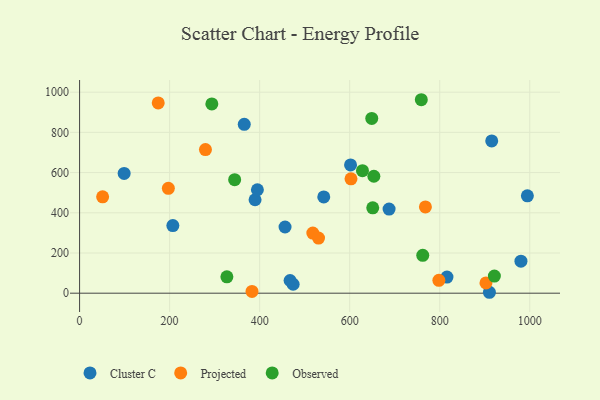
{"axis": {"x": "Price", "y": "Salary"}, "legend": ["Cluster C", "Observed", "Projected"], "data": [{"x": "474.4", "y": 44.6, "type": "Cluster C"}, {"x": "601.9", "y": 638.0, "type": "Cluster C"}, {"x": "389.8", "y": 464.9, "type": "Cluster C"}, {"x": "456.4", "y": 329.4, "type": "Cluster C"}, {"x": "910.4", "y": 4.6, "type": "Cluster C"}, {"x": "980.4", "y": 159.1, "type": "Cluster C"}, {"x": "395.0", "y": 514.6, "type": "Cluster C"}, {"x": "994.7", "y": 484.3, "type": "Cluster C"}, {"x": "915.5", "y": 757.7, "type": "Cluster C"}, {"x": "207.2", "y": 336.2, "type": "Cluster C"}, {"x": "816.1", "y": 80.3, "type": "Cluster C"}, {"x": "99.0", "y": 595.7, "type": "Cluster C"}, {"x": "687.5", "y": 418.5, "type": "Cluster C"}, {"x": "467.6", "y": 63.2, "type": "Cluster C"}, {"x": "365.8", "y": 840.2, "type": "Cluster C"}, {"x": "542.4", "y": 479.0, "type": "Cluster C"}, {"x": "768.2", "y": 429.3, "type": "Projected"}, {"x": "798.1", "y": 64.2, "type": "Projected"}, {"x": "51.2", "y": 479.4, "type": "Projected"}, {"x": "518.1", "y": 298.9, "type": "Projected"}, {"x": "902.7", "y": 51.2, "type": "Projected"}, {"x": "197.2", "y": 521.8, "type": "Projected"}, {"x": "383.0", "y": 8.8, "type": "Projected"}, {"x": "602.9", "y": 569.1, "type": "Projected"}, {"x": "279.6", "y": 714.5, "type": "Projected"}, {"x": "174.7", "y": 946.6, "type": "Projected"}, {"x": "530.8", "y": 274.4, "type": "Projected"}, {"x": "649.0", "y": 869.3, "type": "Observed"}, {"x": "344.5", "y": 564.5, "type": "Observed"}, {"x": "921.4", "y": 85.0, "type": "Observed"}, {"x": "628.4", "y": 609.5, "type": "Observed"}, {"x": "762.3", "y": 188.5, "type": "Observed"}, {"x": "293.8", "y": 941.4, "type": "Observed"}, {"x": "651.2", "y": 424.8, "type": "Observed"}, {"x": "759.1", "y": 962.4, "type": "Observed"}, {"x": "327.2", "y": 81.3, "type": "Observed"}, {"x": "653.7", "y": 581.7, "type": "Observed"}]}